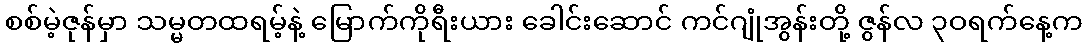
စစ်မဲ့ဇုန်မှာ သမ္မတထရမ့်နဲ့ မြောက်ကိုရီးယား ခေါင်းဆောင် ကင်ဂျုံအွန်းတို့ ဇွန်လ ၃ဝရက်နေ့က